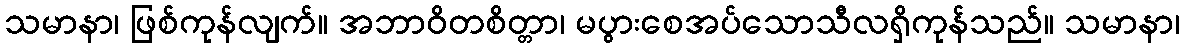
သမာနာ၊ ဖြစ်ကုန်လျက်။ အဘာဝိတစိတ္တာ၊ မပွားစေအပ်သောသီလရှိကုန်သည်။ သမာနာ၊